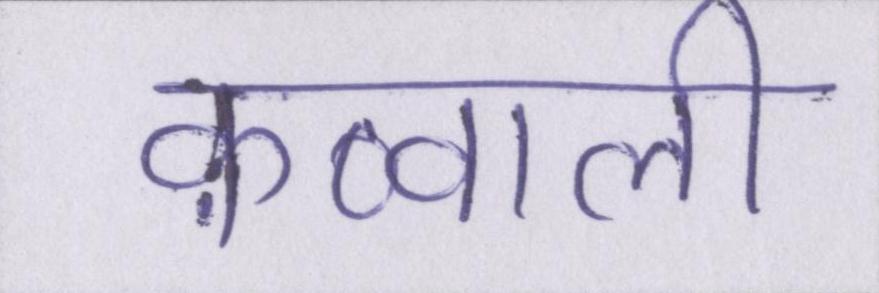
क़व्वाली